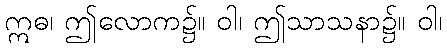
ဣဓ၊ ဤလောက၌။ ဝါ၊ ဤသာသနာ၌။ ဝါ၊